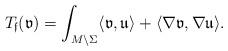
LaTeX: \begin{align*}T_{\mathfrak{f}}(\mathfrak{v})=\int_{M\setminus\Sigma}\langle \mathfrak{v},\mathfrak{u}\rangle +\langle \nabla\mathfrak{v},\nabla \mathfrak{u}\rangle.\end{align*}